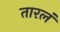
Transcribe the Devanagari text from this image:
तारलं